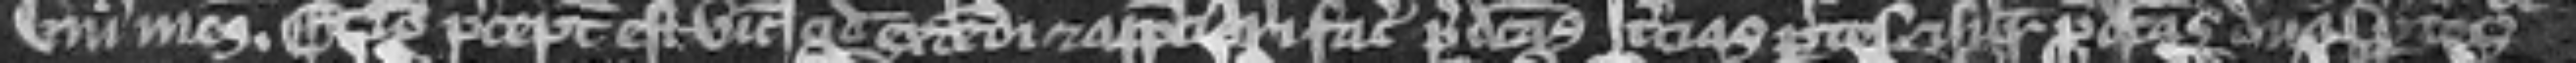
unius mesuagii. Et ideo preceptum est vicecomiti quod extendi et appreciari faciat predictas tercias partes et similiter predictas duas partes